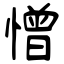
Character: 憎